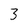
Character: 3